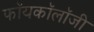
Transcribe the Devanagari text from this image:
फॉयकॉलॉजी